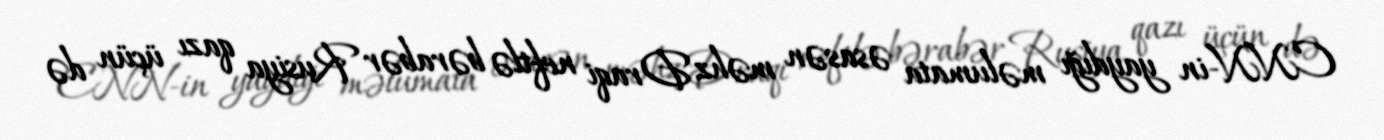
CNN-in yaydığı məlumata əsasən məhz Draqi neftlə bərabər Rusiya qazı üçün də